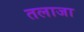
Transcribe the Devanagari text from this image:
तलाजा